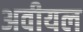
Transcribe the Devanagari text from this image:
अवीयल